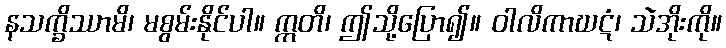
နသက္ခိဿာမိ၊ မစွမ်းနိုင်ပါ။ ဣတိ၊ ဤသို့ပြော၍။ ဝါလိကာဃဋံ၊ သဲအိုးကို။